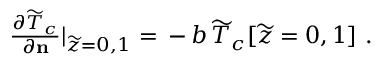
\begin{array} { r } { \frac { \partial { \widetilde { T } _ { c } } } { \partial { \bf n } } \vert _ { \widetilde { z } = 0 , 1 } = \, - \, b \, \widetilde { T } _ { c } [ \widetilde { z } = 0 , 1 ] \ . \ \ \ } \end{array}